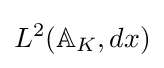
L^{2}(\mathbb {A} _{K},dx)